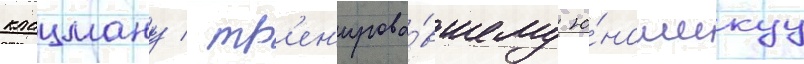
клацману / тр'ен'ирова́вшему ю́ношескуу